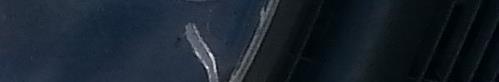
۷۶م۲۸۶۶۶